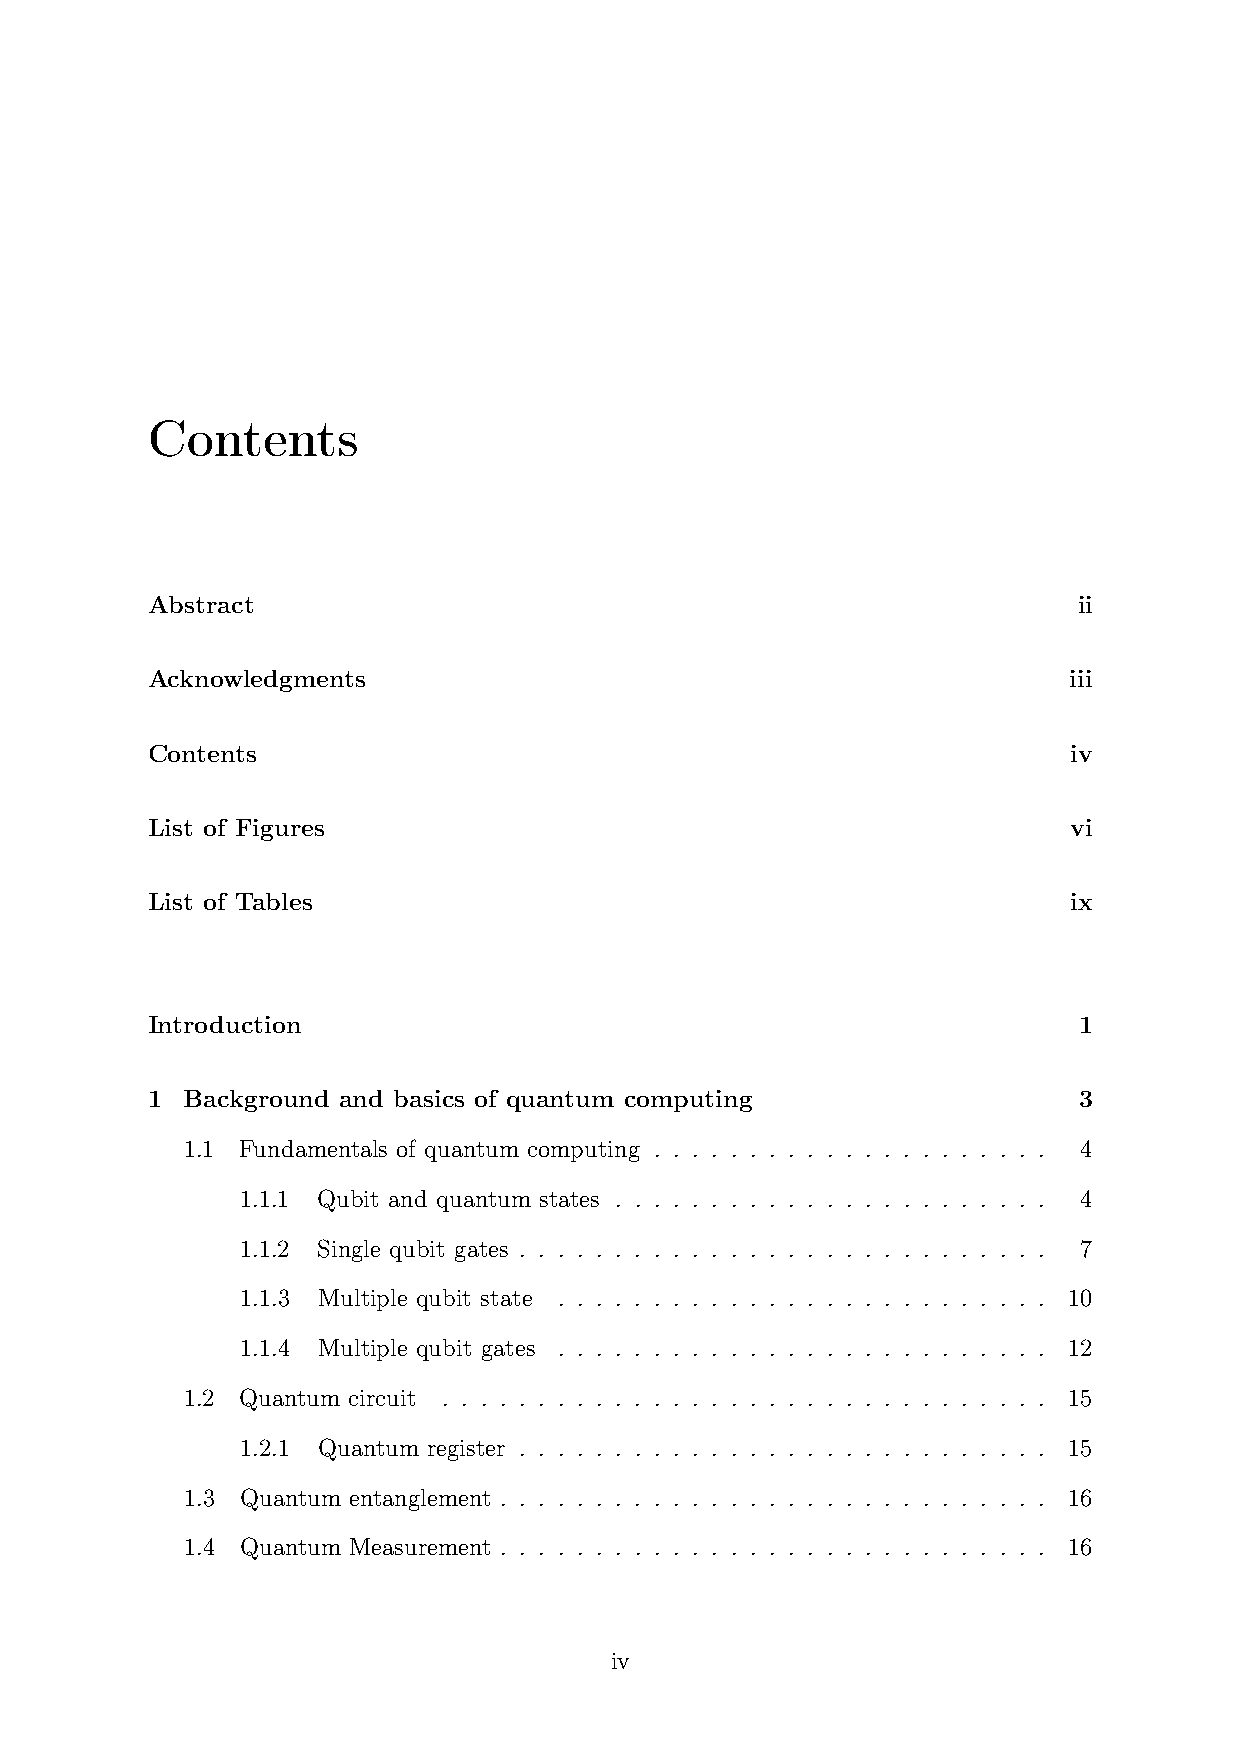
Contents
 Abstract                                                     ii
 Acknowledgments                                              iii
 Contents                                                     iv
 List of Figures                                              vi
 List of Tables                                               ix
 Introduction                                                 1
 1 Background and basics of quantum computing                 3
 1.1 Fundamentals of quantum computing . . . . . . . . . . . . . . . . . . . . . 4
 1.1.1 Qubit and quantum states . . . . . . . . . . . . . . . . . . . . . . . 4
 1.1.2 Single qubit gates . . . . . . . . . . . . . . . . . . . . . . . . . . . . 7
 1.1.3 Multiple qubit state . . . . . . . . . . . . . . . . . . . . . . . . . . 10
 1.1.4 Multiple qubit gates . . . . . . . . . . . . . . . . . . . . . . . . . . 12
 1.2 Quantum circuit . . . . . . . . . . . . . . . . . . . . . . . . . . . . . . . . 15
 1.2.1 Quantum register . . . . . . . . . . . . . . . . . . . . . . . . . . . . 15
 1.3 Quantum entanglement . . . . . . . . . . . . . . . . . . . . . . . . . . . . . 16
 1.4 Quantum Measurement . . . . . . . . . . . . . . . . . . . . . . . . . . . . . 16
 iv